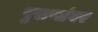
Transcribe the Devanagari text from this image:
पुराणांवर